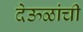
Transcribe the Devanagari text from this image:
देऊळांची